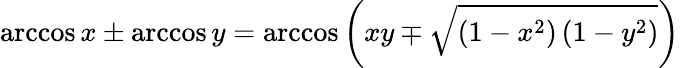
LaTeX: \operatorname{arccos}x\pm\operatorname{arccos}y=\operatorname{arccos}\left(xy\mp{\sqrt{\left(1-x^{2}\right)\left(1-y^{2}\right)}}\right)